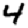
Digit: 4